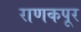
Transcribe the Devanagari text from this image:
राणकपूर